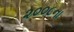
૨૦૦૮ના